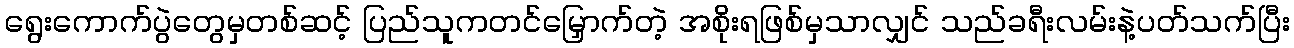
ရွေးကောက်ပွဲတွေမှတစ်ဆင့် ပြည်သူကတင်မြှောက်တဲ့ အစိုးရဖြစ်မှသာလျှင် သည်ခရီးလမ်းနဲ့ပတ်သက်ပြီး